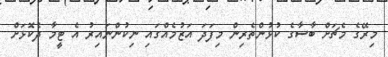
މިރޭގެ މެޗަށް ބާސާގެ ކުޅުންތެރިން މިފަދަ އަޒުމެއްގައި ނިކުންނައިރު އެ ޓީމާ ދެކޮޅަށް